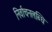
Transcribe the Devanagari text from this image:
निर्वाचनलब्धि